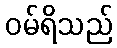
ဝမ်ရိသည်